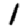
Digit: 1